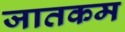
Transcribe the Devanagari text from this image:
जातकम